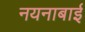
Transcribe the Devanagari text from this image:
नयनाबाई